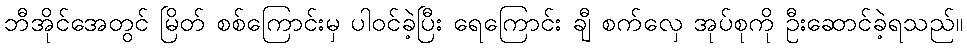
ဘီအိုင်အေတွင် မြိတ် စစ်ကြောင်းမှ ပါဝင်ခဲ့ပြီး ရေကြောင်း ချီ စက်လှေ အုပ်စုကို ဦးဆောင်ခဲ့ရသည်။